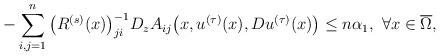
LaTeX: \begin{align*} -\sum_{i,j=1}^n \big ( R^{(s)}(x) \big )^{-1}_{ji} D_z A_{ij}\big ( x, u^{(\tau)}(x), Du^{(\tau)}(x) \big ) \leq n \alpha_1, \ \forall x \in \overline{\Omega},\end{align*}